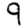
Digit: 9